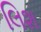
લિશ